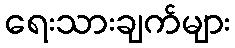
ရေးသားချက်များ